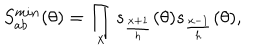
S _ { a b } ^ { m i n } ( \theta ) = \prod _ { x } s _ { \frac { x + 1 } { h } } ( \theta ) s _ { \frac { x - 1 } { h } } ( \theta ) ,